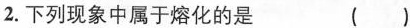
2.下列现象中属于熔化的是 ( )